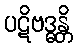
ပဋိဗဒ္ဓန္တိ